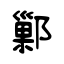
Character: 鄛